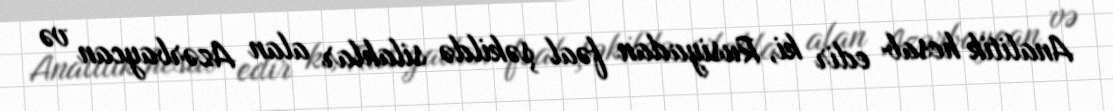
Analitik hesab edir ki, Rusiyadan fəal şəkildə silahlar alan Azərbaycan və